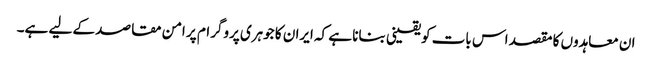
ان معاہدوں کا مقصد اس بات کو یقینی بنانا ہے کہ ایران کا جوہری پروگرام پر امن مقاصد کے لیے ہے۔